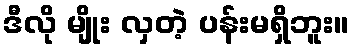
ဒီလို မျိုး လှတဲ့ ပန်းမရှိဘူး။